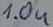
Text: 1.0u